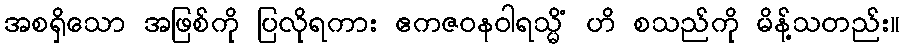
အစရှိသော အဖြစ်ကို ပြလိုရကား ဧကဇဝနဝါရသ္မိံ ဟိ စသည်ကို မိန့်သတည်း။